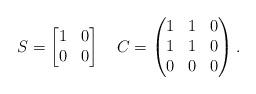
LaTeX: \begin{align*} S=\begin{bmatrix}1&0\\0&0\end{bmatrix} \quad C=\begin{pmatrix}1&1&0\\1&1&0\\0&0&0\end{pmatrix}.\end{align*}